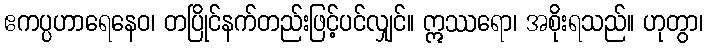
ဧကပ္ပဟာရေနေဝ၊ တပြိုင်နက်တည်းဖြင့်ပင်လျှင်။ ဣဿရော၊ အစိုးရသည်။ ဟုတွာ၊